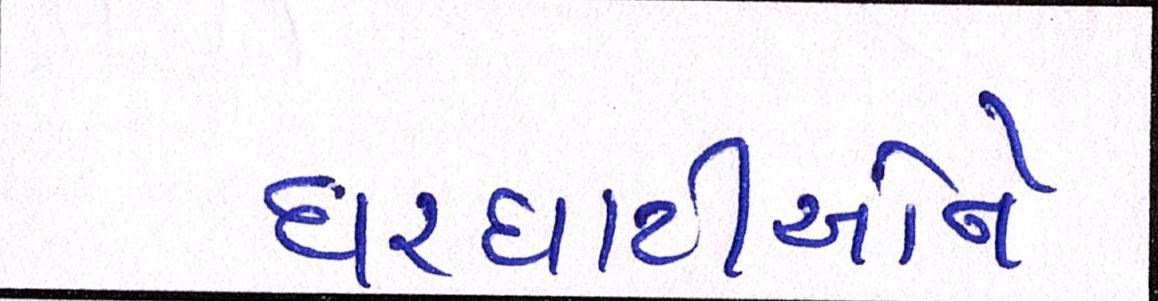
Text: ઘરઘાટીઓને